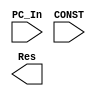
`timescale 1ns/1ns

module Add_1 (
    //Entradas
    input PC_In,
    input [3:0]CONST,

    //Salidas
    output Res
);

assign CONST = 4'd4;

endmodule